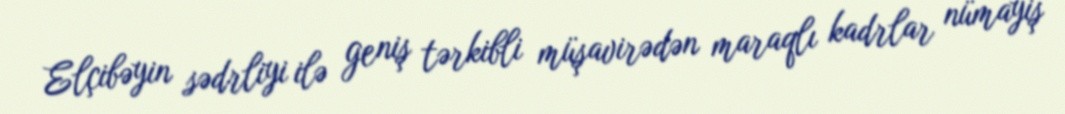
Elçibəyin sədrliyi ilə geniş tərkibli müşavirədən maraqlı kadrlar nümayiş